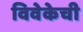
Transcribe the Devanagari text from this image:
विवेकेची